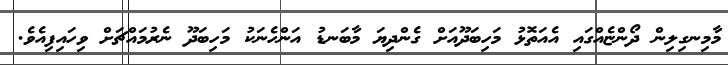
މާމިނގިލިން ދޯންޏެއްގައި އެއަތޮޅު މަހިބަދޫއަށް ގެންދިޔަ މާބަނޑު އަންހެނަކު މަހިބަދޫ ނެރުމައްޗަށް ވިހައިފިއެވެ.